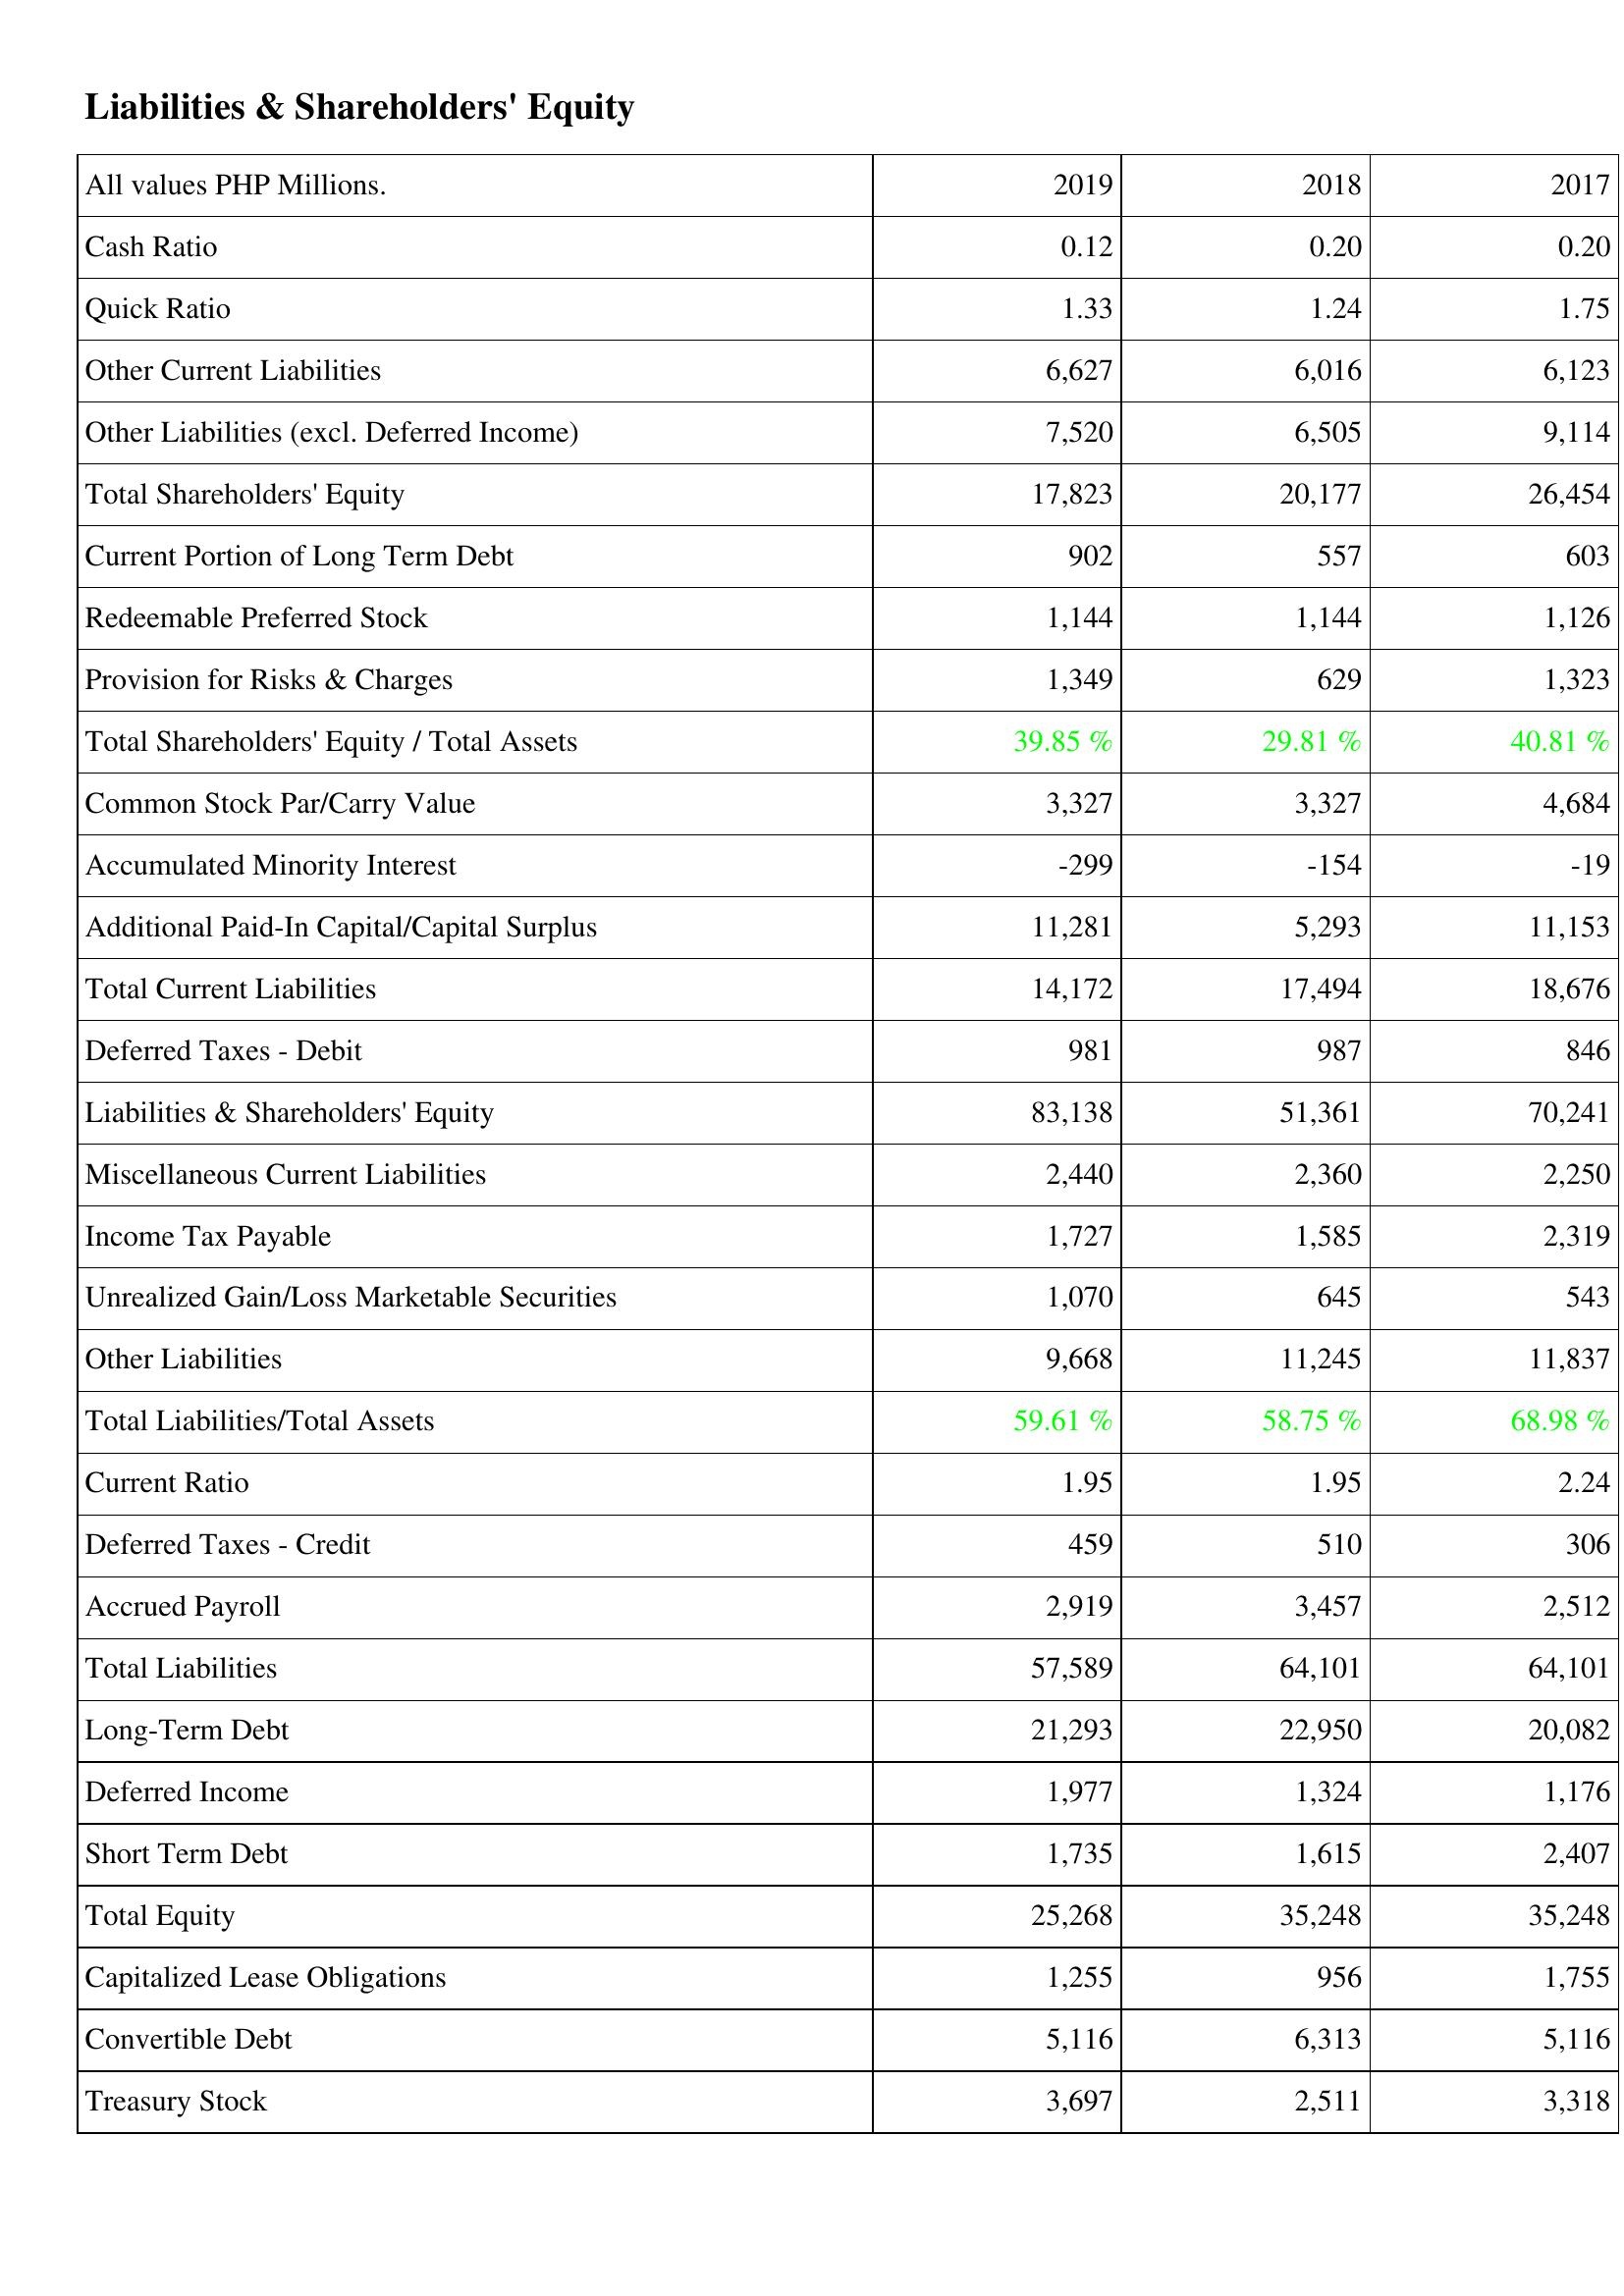
2019: Liabilities & Shareholders' Equity: Cash Ratio: 0.12
Quick Ratio: 1.33
Other Current Liabilities: 6,627
Other Liabilities (excl. Deferred Income): 7,520
Total Shareholders' Equity: 17,823
Current Portion of Long Term Debt: 902
Redeemable Preferred Stock: 1,144
Provision for Risks & Charges: 1,349
Total Shareholders' Equity / Total Assets: 39.85 %
Common Stock Par/Carry Value: 3,327
Accumulated Minority Interest: -299
Additional Paid-In Capital/Capital Surplus: 11,281
Total Current Liabilities: 14,172
Deferred Taxes - Debit: 981
Liabilities & Shareholders' Equity: 83,138
Miscellaneous Current Liabilities: 2,440
Income Tax Payable: 1,727
Unrealized Gain/Loss Marketable Securities: 1,070
Other Liabilities: 9,668
Total Liabilities/Total Assets: 59.61 %
Current Ratio: 1.95
Deferred Taxes - Credit: 459
Accrued Payroll: 2,919
Total Liabilities: 57,589
Long-Term Debt: 21,293
Deferred Income: 1,977
Short Term Debt: 1,735
Total Equity: 25,268
Capitalized Lease Obligations: 1,255
Convertible Debt: 5,116
Treasury Stock: 3,697
2018: Liabilities & Shareholders' Equity: Cash Ratio: 0.20
Quick Ratio: 1.24
Other Current Liabilities: 6,016
Other Liabilities (excl. Deferred Income): 6,505
Total Shareholders' Equity: 20,177
Current Portion of Long Term Debt: 557
Redeemable Preferred Stock: 1,144
Provision for Risks & Charges: 629
Total Shareholders' Equity / Total Assets: 29.81 %
Common Stock Par/Carry Value: 3,327
Accumulated Minority Interest: -154
Additional Paid-In Capital/Capital Surplus: 5,293
Total Current Liabilities: 17,494
Deferred Taxes - Debit: 987
Liabilities & Shareholders' Equity: 51,361
Miscellaneous Current Liabilities: 2,360
Income Tax Payable: 1,585
Unrealized Gain/Loss Marketable Securities: 645
Other Liabilities: 11,245
Total Liabilities/Total Assets: 58.75 %
Current Ratio: 1.95
Deferred Taxes - Credit: 510
Accrued Payroll: 3,457
Total Liabilities: 64,101
Long-Term Debt: 22,950
Deferred Income: 1,324
Short Term Debt: 1,615
Total Equity: 35,248
Capitalized Lease Obligations: 956
Convertible Debt: 6,313
Treasury Stock: 2,511
2017: Liabilities & Shareholders' Equity: Cash Ratio: 0.20
Quick Ratio: 1.75
Other Current Liabilities: 6,123
Other Liabilities (excl. Deferred Income): 9,114
Total Shareholders' Equity: 26,454
Current Portion of Long Term Debt: 603
Redeemable Preferred Stock: 1,126
Provision for Risks & Charges: 1,323
Total Shareholders' Equity / Total Assets: 40.81 %
Common Stock Par/Carry Value: 4,684
Accumulated Minority Interest: -19
Additional Paid-In Capital/Capital Surplus: 11,153
Total Current Liabilities: 18,676
Deferred Taxes - Debit: 846
Liabilities & Shareholders' Equity: 70,241
Miscellaneous Current Liabilities: 2,250
Income Tax Payable: 2,319
Unrealized Gain/Loss Marketable Securities: 543
Other Liabilities: 11,837
Total Liabilities/Total Assets: 68.98 %
Current Ratio: 2.24
Deferred Taxes - Credit: 306
Accrued Payroll: 2,512
Total Liabilities: 64,101
Long-Term Debt: 20,082
Deferred Income: 1,176
Short Term Debt: 2,407
Total Equity: 35,248
Capitalized Lease Obligations: 1,755
Convertible Debt: 5,116
Treasury Stock: 3,318